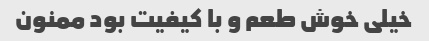
خیلی خوش طعم و با کیفیت بود ممنون